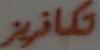
تکافریز